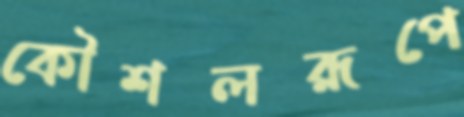
কৌশলরূপে